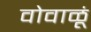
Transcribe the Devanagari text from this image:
वोवाळूं